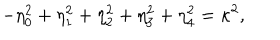
- \eta _ { 0 } ^ { 2 } + \eta _ { 1 } ^ { 2 } + \eta _ { 2 } ^ { 2 } + \eta _ { 3 } ^ { 2 } + \eta _ { 4 } ^ { 2 } = \kappa ^ { 2 } ,